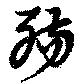
殤